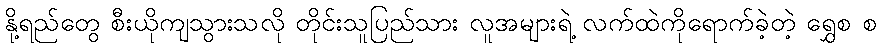
နို့ရည်တွေ စီးယိုကျသွားသလို တိုင်းသူပြည်သား လူအများရဲ့ လက်ထဲကိုရောက်ခဲ့တဲ့ ရွှေစ စ